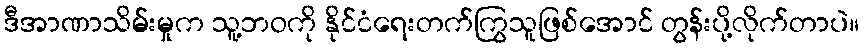
ဒီအာဏာသိမ်းမှုက သူ့ဘဝကို နိုင်ငံရေးတက်ကြွသူဖြစ်အောင် တွန်းပို့လိုက်တာပဲ။